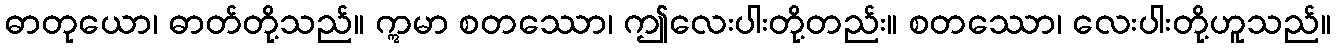
ဓာတုယော၊ ဓာတ်တို့သည်။ ဣမာ စတဿော၊ ဤလေးပါးတို့တည်း။ စတဿော၊ လေးပါးတို့ဟူသည်။